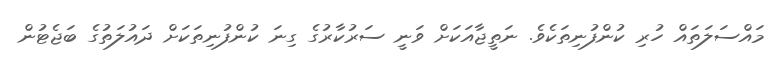
މައްސަލަތައް ހުރި ކުންފުނިތަކެވެ. ނަތީޖާއަކަށް ވަނީ ސަރުކާރުގެ ގިނަ ކުންފުނިތަކަށް ދައުލަތުގެ ބަޖެޓުން